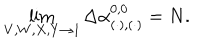
LaTeX: \lim _ { V , W , X , Y \rightarrow 1 } \Delta \alpha _ { ( \cdot ) , ( \cdot ) } ^ { 0 , 0 } = N .